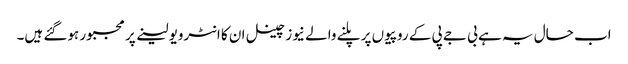
اب حال یہ ہے بی جے پی کے روپیوں پر پلنے والے نیوز چینل ان کا انٹرویو لینے پر مجبور ہوگئے ہیں۔